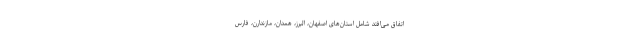
اتفاق می‌افتد شامل استان‌های اصفهان، البرز، همدان، مازندارن، فارس